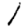
Digit: 1